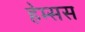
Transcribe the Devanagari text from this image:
हेम्सस